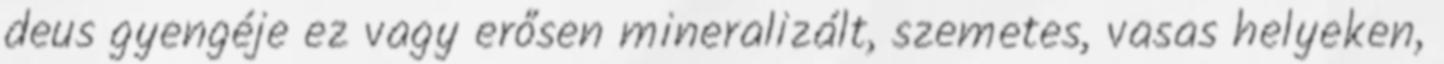
deus gyengéje ez vagy erősen mineralizált, szemetes, vasas helyeken,